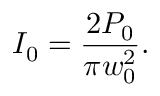
I _ { 0 } = { \frac { 2 P _ { 0 } } { \pi w _ { 0 } ^ { 2 } } } .